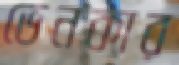
ভেনকার